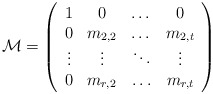
\begin{align*} \mathcal M = \left(\begin{array}{cccc} 1 & 0 & \dots & 0 \\ 0 & m_{2,2} & \dots & m_{2,t} \\ \vdots & \vdots & \ddots & \vdots \\ 0 & m_{r,2} & \hdots & m_{r,t}\end{array}\right)\end{align*}